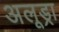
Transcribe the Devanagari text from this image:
अलूड्रा